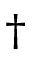
\dagger